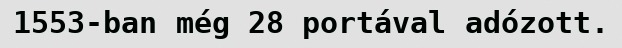
1553-ban még 28 portával adózott.